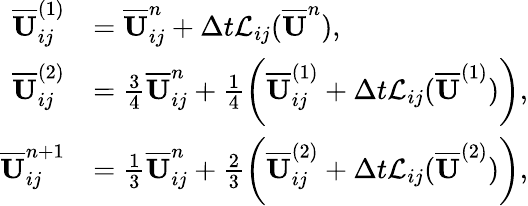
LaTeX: \begin{array}{rl}{\overline{{\mathbf{U}}}_{ij}^{(1)}}&{=\overline{{\mathbf{U}}}_{ij}^{n}+\Delta t\mathcal{L}_{ij}(\overline{{\mathbf{U}}}^{n}),}\\ {\overline{{\mathbf{U}}}_{ij}^{(2)}}&{=\frac{3}{4}\overline{{\mathbf{U}}}_{ij}^{n}+\frac{1}{4}\left(\overline{{\mathbf{U}}}_{ij}^{(1)}+\Delta t\mathcal{L}_{ij}(\overline{{\mathbf{U}}}^{(1)})\right),}\\ {\overline{{\mathbf{U}}}_{ij}^{n+1}}&{=\frac{1}{3}\overline{{\mathbf{U}}}_{ij}^{n}+\frac{2}{3}\left(\overline{{\mathbf{U}}}_{ij}^{(2)}+\Delta t\mathcal{L}_{ij}(\overline{{\mathbf{U}}}^{(2)})\right),}\end{array}